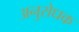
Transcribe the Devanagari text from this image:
अनुरोधक